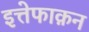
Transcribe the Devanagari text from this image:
इत्तेफाक़न